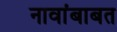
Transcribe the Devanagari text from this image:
नावांबाबत